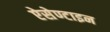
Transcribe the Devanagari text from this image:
ऐसेण्टाइन